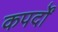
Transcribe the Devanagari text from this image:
कपर्दों